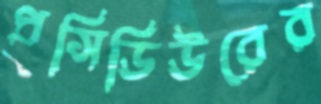
প্রসিডিউরের